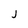
Character: j